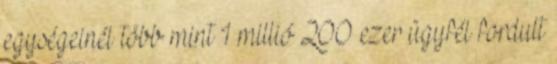
egységeinél több mint 1 millió 200 ezer ügyfél fordult